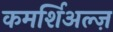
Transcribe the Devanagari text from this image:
कमर्शिअल्ज़